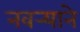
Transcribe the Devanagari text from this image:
नवर्‍याने